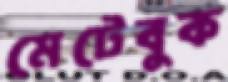
মেটেবুক